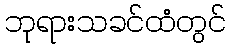
ဘုရားသခင်ထံတွင်